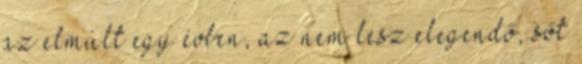
az elmúlt egy évben, az nem lesz elegendő, sőt